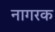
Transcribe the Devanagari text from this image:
नागरक